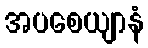
အပစေယျာနံ